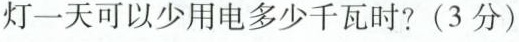
灯一天可以少用电多少千瓦时?(3分)